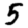
Digit: 5